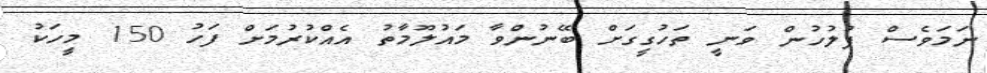
ނަމަވެސް ފުލުހުން ވަނީ ތަހުގީގަށް ބޭނުންވާ މައުލޫމާތު އެއްކުރުމަށް ފަހު 150 މީހަކު